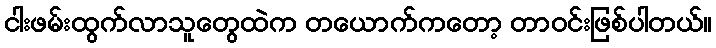
ငါးဖမ်းထွက်လာသူတွေထဲက တယောက်ကတော့ တာဝင်းဖြစ်ပါတယ်။